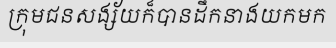
ក្រុមជនសង្ស័យក៏បានដឹកនាងយកមក